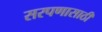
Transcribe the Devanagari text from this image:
सरपणासाठी